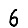
Digit: 6